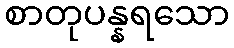
စာတုပန္နရသော